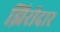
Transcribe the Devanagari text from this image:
झिरीदार